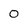
Character: 0